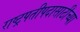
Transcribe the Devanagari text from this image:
राष्ट्रपतीपदासाठीच्या